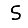
Digit: 5